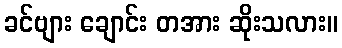
ခင်ဗျား ချောင်း တအား ဆိုးသလား။